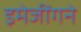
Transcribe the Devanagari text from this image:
इमेजींगने